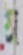
গ্র